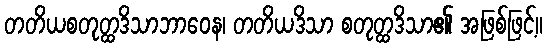
တတိယစတုတ္ထဒိသာဘာဝေန၊ တတိယဒိသာ စတုတ္ထဒိသာ၏ အဖြစ်ဖြင့်။